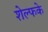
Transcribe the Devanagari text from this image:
शेल्फके